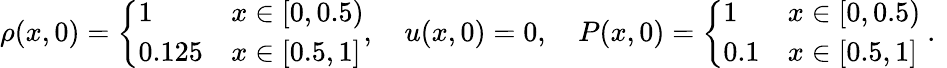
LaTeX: \begin{array}{r}{\rho(x,0)=\left\{ \begin{array}{ll}{1}&{x\in[0,0.5)}\\ {0.125}&{x\in[0.5,1]}\end{array}\right.,\quad u(x,0)=0,\quad P(x,0)=\left\{ \begin{array}{ll}{1}&{x\in[0,0.5)}\\ {0.1}&{x\in[0.5,1]}\end{array}\right.\mathrm{~.~}}\end{array}